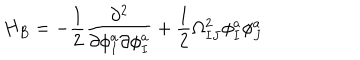
H _ { B } = - \frac { 1 } { 2 } \frac { \partial ^ { 2 } } { \partial \phi _ { I } ^ { a } \partial \phi _ { I } ^ { a } } + \frac { 1 } { 2 } \Omega _ { I J } ^ { 2 } \phi _ { I } ^ { a } \phi _ { J } ^ { a }